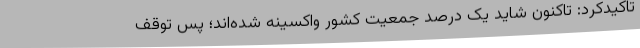
تاکیدکرد: تاکنون شاید یک درصد جمعیت کشور واکسینه شده‌اند؛ پس توقف